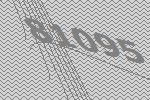
81095